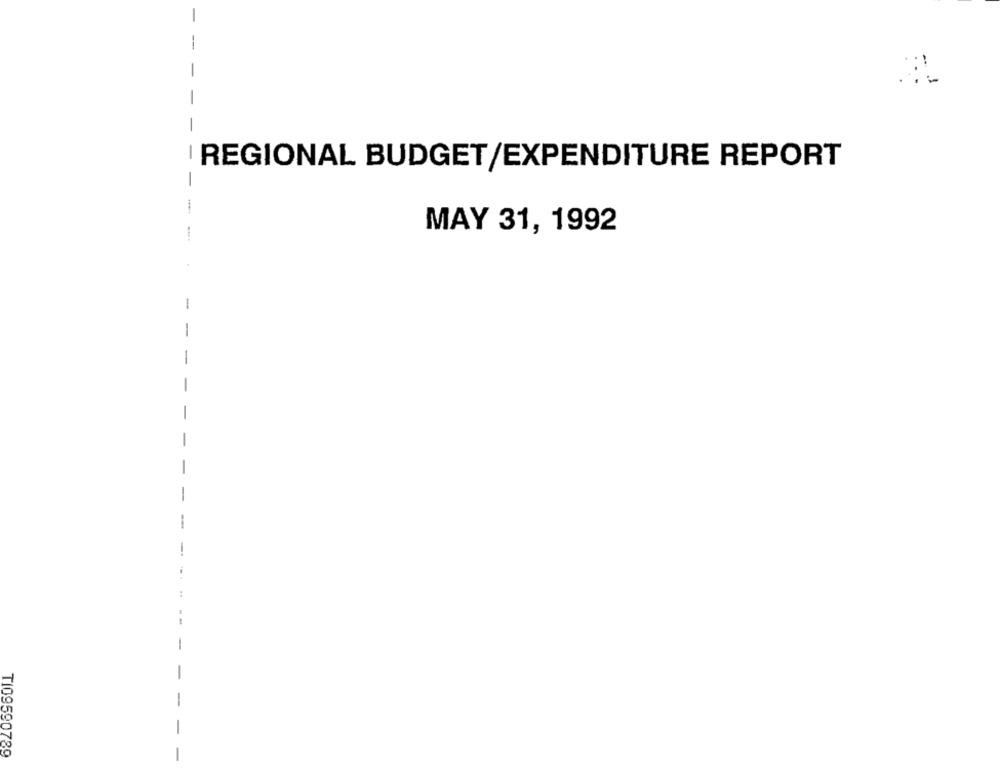
-
-
I REGIONAL BUDGET/EXPENDITURE REPORT
-
-
MAY 31, 1992
1
1
-
-
-
-
-
-
--
-
T109590789